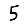
Digit: 5